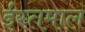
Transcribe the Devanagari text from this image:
ईस्तमाल